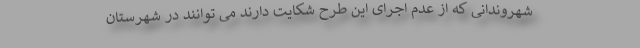
شهروندانی که از عدم اجرای این طرح شکایت دارند می توانند در شهرستان